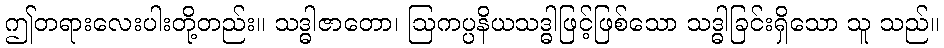
ဤတရားလေးပါးတို့တည်း။ သဒ္ဓါဇာတော၊ ဩကပ္ပနိယသဒ္ဓါဖြင့်ဖြစ်သော သဒ္ဓါခြင်းရှိသော သူ သည်။